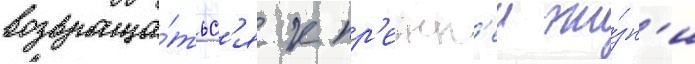
возвраща́тьс'я к пр'ежн'еи жи́зн'и